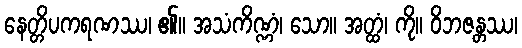
နေတ္တိပကရဏဿ၊ ၏။ အသံကိဏ္ဏံ၊ သော။ အတ္ထံ၊ ကို။ ဝိဘဇန္တဿ၊